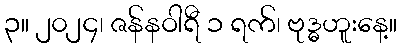
၃။ ၂၀၂၄၊ ဇန်နဝါရီ ၁ ရက်၊ ဗုဒ္ဓဟူးနေ့။